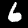
Digit: 6